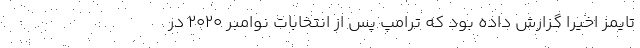
تایمز اخیرا گزارش داده بود که ترامپ پس از انتخابات نوامبر 2020 در